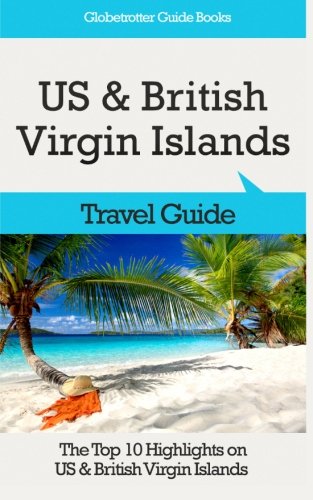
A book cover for US & British Virgin Islands Travel Guide: The Top 10 Highlights on US & British Virgin Islands (Globetrotter Guide Books); Marc Cook; Travel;